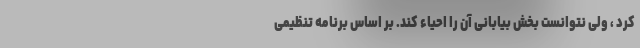
کرد ، ولی نتوانست بخش بیابانی آن را احیاء کند. بر اساس برنامه تنظیمی